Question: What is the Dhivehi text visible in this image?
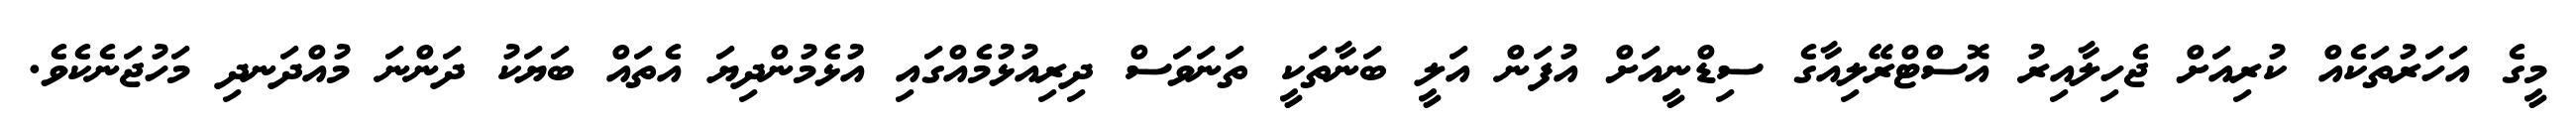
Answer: މީގެ އަހަރުތަކެއް ކުރިއަށް ޖެހިލާއިރު އޮސްޓްރޭލިއާގެ ސިޑްނީއަށް އުފަން އަލީ ބަނާތަކީ ތަނަވަސް ދިރިއުޅުމެއްގައި އުޅެމުންދިޔަ އެތައް ބަޔަކު ދަންނަ މުއްދަނދި މަހުޖަނެކެވެ.